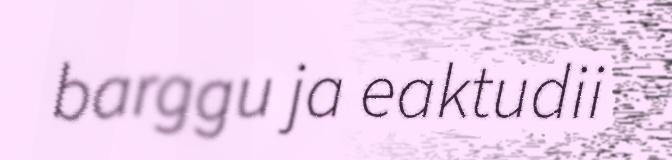
barggu ja eaktudii